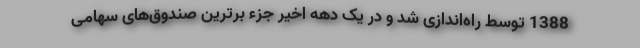
1388 توسط راه‌اندازی شد و در یک دهه اخیر جزء برترین صندوق‌های سهامی